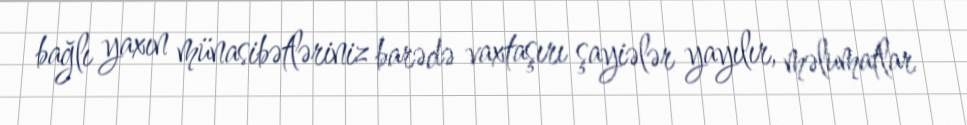
bağlı yaxın münasibətləriniz barədə vaxtaşırı şayiələr yayılır, məlumatlar